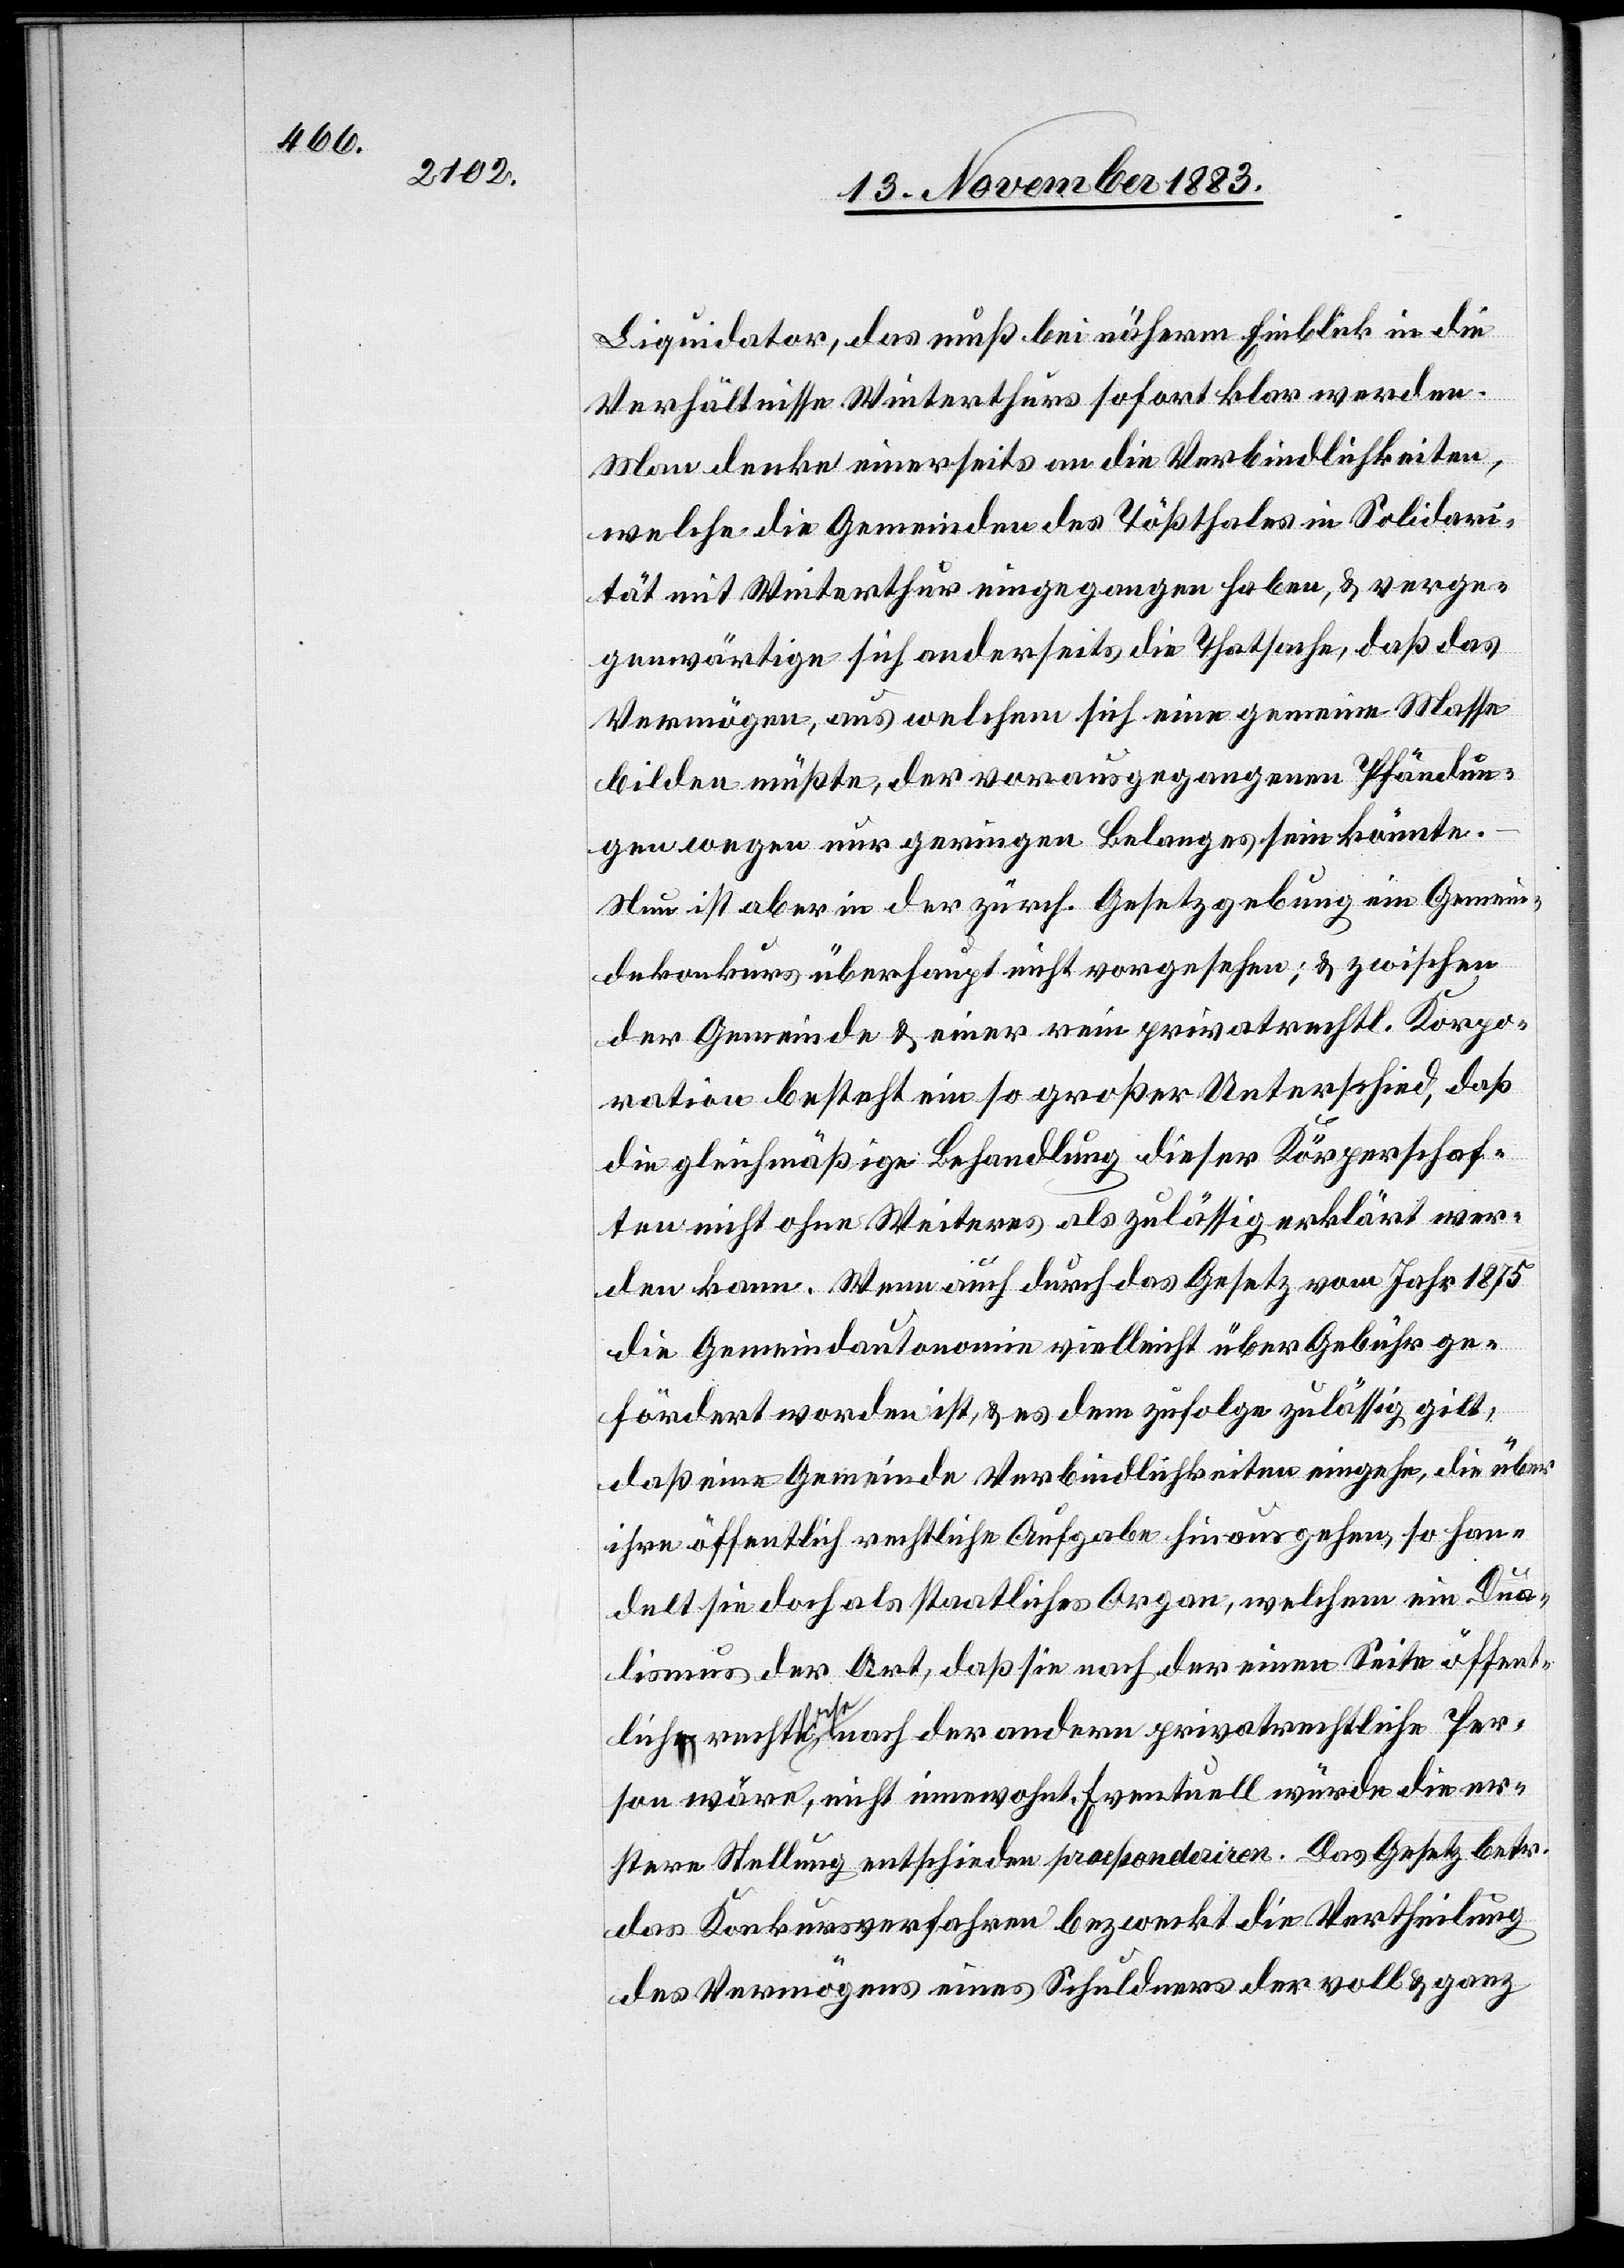
Liquidator, daß muß bei näherm Einblick in die
Verhältnisse Winterthurs sofort klar werden.
Man denke einerseits an die Verbindlichkeiten,
welche die Gemeinden des Tößthales in Solidari¬
tät mit Winterthur eingegangen haben, & verge¬
genwärtige sich anderseits die Thatsache, daß das
Vermögen, aus welchem sich eine gemeine Masse
bilden müßte, der vorausgegangenen Pfändun¬
h¬
gen wegen nur geringen Belanges sein könnte.
Neu ist aber in der zürch. Gesetzgebung ein Gemein¬
dekonkurs überhaupt nicht vorgesehen; & zwischen
der Gemeinde & einer rein privatrechtl. Korpo¬
ration besteht ein so großer Unterschied, daß
die gleichmäßige Behandlung dieser Körperschaf¬
ten nicht ohne Weiteres als zulässig erklärt wer¬
den kann. Wenn auch durch das Gesetz vom Jahr 1875
die Gemeind[e]autonomie vielleicht über Gebühr ge¬
fördert worden ist, & es dem zufolge zulässig gilt,
daß eine Gemeinde Verbindlichkeiten eingehe, die über
andelt sie doch als staatliches Organ, welchem ein Dua¬
lismus der Art, daß sie nach der einen Seite öffent¬
lich-rechtliche nach der andern privatrechtliche Per¬
son wäre, nicht innewohnt. Eventuell würde die er¬
stere Stellung entschieden praeponderiren. Das Gesetz betr.
das Konkursverfahren bezweckt die Vertheilung
des Vermögens eines Schuldners der voll & ganz